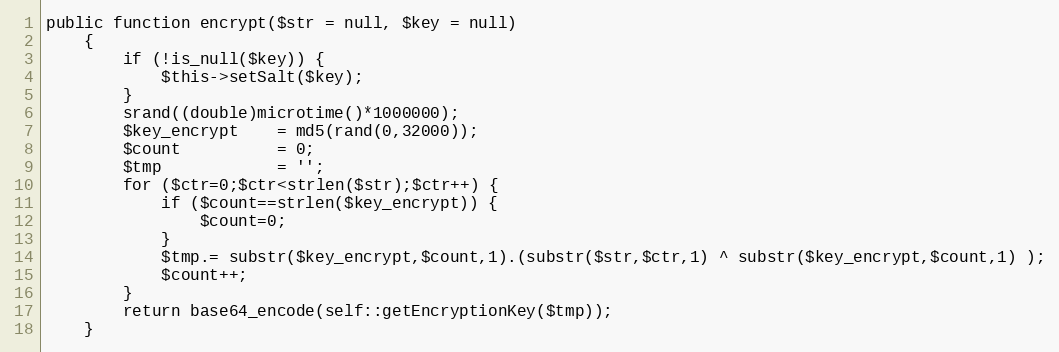
Language: PHP
public function encrypt($str = null, $key = null)
    {
        if (!is_null($key)) {
            $this->setSalt($key);
        }
        srand((double)microtime()*1000000);
        $key_encrypt    = md5(rand(0,32000));
        $count          = 0;
        $tmp            = '';
        for ($ctr=0;$ctr<strlen($str);$ctr++) {
            if ($count==strlen($key_encrypt)) {
                $count=0;
            }
            $tmp.= substr($key_encrypt,$count,1).(substr($str,$ctr,1) ^ substr($key_encrypt,$count,1) );
            $count++;
        }
        return base64_encode(self::getEncryptionKey($tmp));
    }